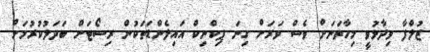
ޒުލްފާ ވިދާޅުވީ މިހާތަނަށް ވެސް ވަރަށް ގިނަ ޕިކްނިކް އައިލެންޑަތަކުން ރިސޯޓަށް ބަދަލުކުރުމަށް